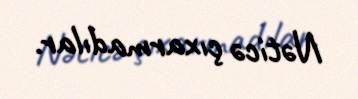
Nəticə çıxarmadılar.